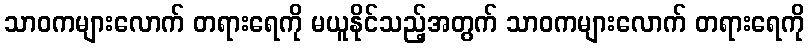
သာဝကများလောက် တရားရေကို မယူနိုင်သည့်အတွက် သာဝကများလောက် တရားရေကို